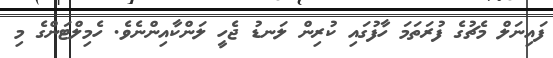
ފައިނަލް މެޗުގެ ފުރަތަމަ ހާފުގައި ކުރިން ލަނޑު ޖެހީ ލަންކާއިންނެވެ. ހެމިލްޓަންގެ މި